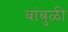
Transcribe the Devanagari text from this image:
बांबुळी